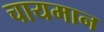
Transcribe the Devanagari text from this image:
चायमान